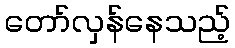
တော်လှန်နေသည့်